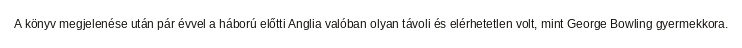
A könyv megjelenése után pár évvel a háború előtti Anglia valóban olyan távoli és elérhetetlen volt, mint George Bowling gyermekkora.